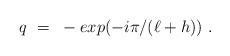
LaTeX: \begin{align*}q ~=~ - exp(- i \pi /(\ell +h ) ) \ .\end{align*}